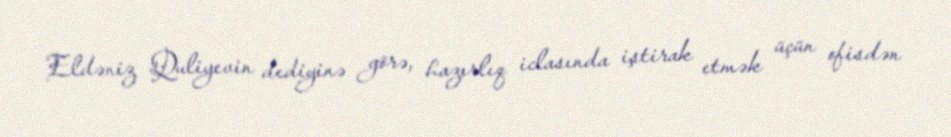
Eldəniz Quliyevin dediyinə görə, hazırlıq iclasında iştirak etmək üçün ofisdən